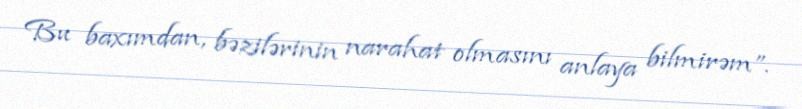
Bu baxımdan, bəzilərinin narahat olmasını anlaya bilmirəm”.